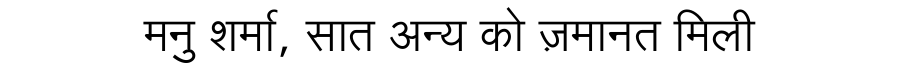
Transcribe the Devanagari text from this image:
मनु शर्मा, सात अन्य को ज़मानत मिली